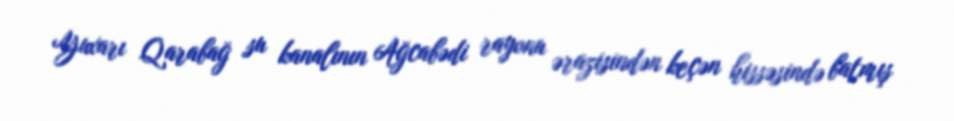
Yuxarı Qarabağ su kanalının Ağcabədi rayonu ərazisindən keçən hissəsində batmış